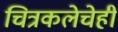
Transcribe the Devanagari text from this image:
चित्रकलेचेही